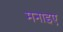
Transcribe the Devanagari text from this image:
मनाइए